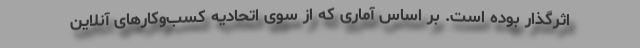
اثرگذار بوده است. بر اساس آماری که از سوی اتحادیه کسب‌وکارهای آنلاین